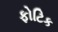
ફોટિક